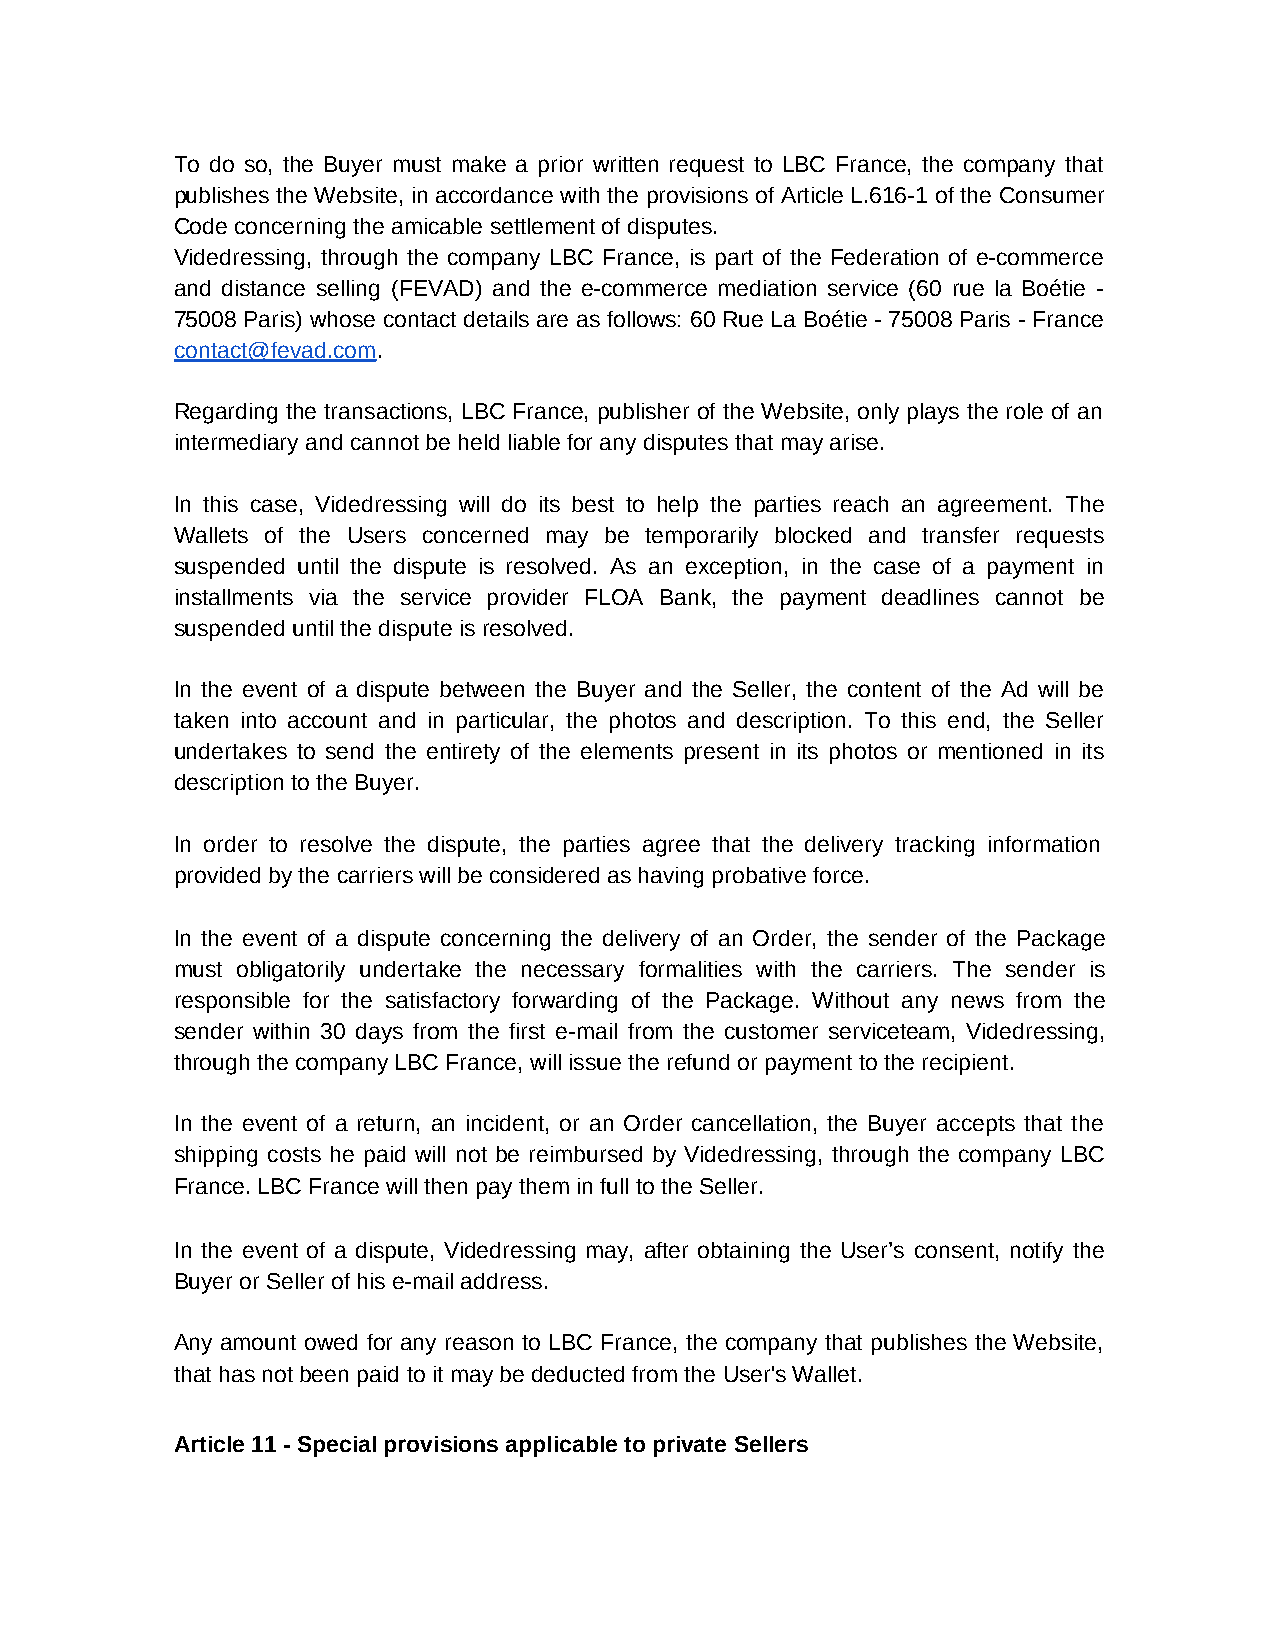
To do so, the Buyer must make a prior written request to LBC France, the company that
 publishes the Website, in accordance with the provisions of Article L.616-1 of the Consumer
 Code concerning the amicable settlement of disputes.
 Videdressing, through the company LBC France, is part of the Federation of e-commerce
 and distance selling (FEVAD) and the e-commerce mediation service (60 rue la Boétie -
 75008 Paris) whose contact details are as follows: 60 Rue La Boétie - 75008 Paris - France
 contact@fevad.com.
 Regarding the transactions, LBC France, publisher of the Website, only plays the role of an
 intermediary and cannot be held liable for any disputes that may arise.
 In this case, Videdressing will do its best to help the parties reach an agreement. The
 Wallets of the Users concerned may be temporarily blocked and transfer requests
 suspended until the dispute is resolved. As an exception, in the case of a payment in
 installments via the service provider FLOA Bank, the payment deadlines cannot be
 suspended until the dispute is resolved.
 In the event of a dispute between the Buyer and the Seller, the content of the Ad will be
 taken into account and in particular, the photos and description. To this end, the Seller
 undertakes to send the entirety of the elements present in its photos or mentioned in its
 description to the Buyer.
 In order to resolve the dispute, the parties agree that the delivery tracking information
 provided by the carriers will be considered as having probative force.
 In the event of a dispute concerning the delivery of an Order, the sender of the Package
 must obligatorily undertake the necessary formalities with the carriers. The sender is
 responsible for the satisfactory forwarding of the Package. Without any news from the
 sender within 30 days from the first e-mail from the customer serviceteam, Videdressing,
 through the company LBC France, will issue the refund or payment to the recipient.
 In the event of a return, an incident, or an Order cancellation, the Buyer accepts that the
 shipping costs he paid will not be reimbursed by Videdressing, through the company LBC
 France. LBC France will then pay them in full to the Seller.
 In the event of a dispute, Videdressing may, after obtaining the User’s consent, notify the
 Buyer or Seller of his e-mail address.
 Any amount owed for any reason to LBC France, the company that publishes the Website,
 that has not been paid to it may be deducted from the User's Wallet.
 Article 11 - Special provisions applicable to private Sellers